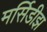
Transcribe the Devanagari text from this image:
मर्सिडीझ